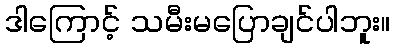
ဒါကြောင့် သမီးမပြောချင်ပါဘူး။